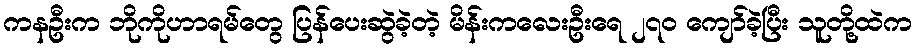
ကနဦးက ဘိုကိုဟာရမ်တွေ ပြန်ပေးဆွဲခဲ့တဲ့ မိန်းကလေးဦးရေ ၂၇၀ ကျော်ခဲ့ပြီး သူတို့ထဲက